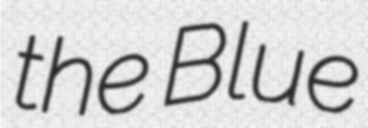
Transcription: the Blue